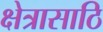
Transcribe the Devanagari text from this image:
क्षेत्रासाठि